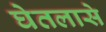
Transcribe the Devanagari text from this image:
घेतलासे